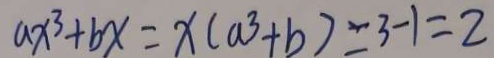
a x ^ { 3 } + b x = x ( a ^ { 3 } + b ) = 3 - 1 = 2